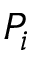
P _ { i }